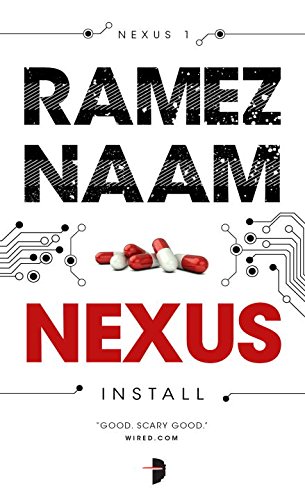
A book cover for Nexus: Nexus Arc Book 1; Ramez Naam; Mystery, Thriller & Suspense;